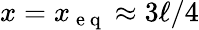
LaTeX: x=x_{\mathrm{~e~q~}}\approx 3\ell/4